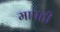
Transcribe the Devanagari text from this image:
मापही